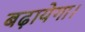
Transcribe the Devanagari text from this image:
बढ़ायेगा।